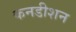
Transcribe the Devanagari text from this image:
कनडीशन